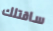
ساقتلك